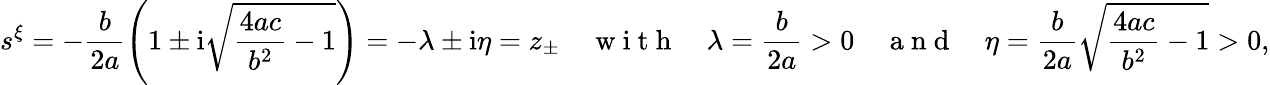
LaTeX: s^{\xi}=-\frac{b}{2a}\left(1\pm\mathrm{i}\sqrt{\frac{4ac}{b^{2}}-1}\right)=-\lambda\pm\mathrm{i}\eta=z_{\pm}\quad\mathrm{~w~i~t~h~}\quad\lambda=\frac{b}{2a}>0\quad\mathrm{~a~n~d~}\quad\eta=\frac{b}{2a}\sqrt{\frac{4ac}{b^{2}}-1}>0,